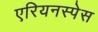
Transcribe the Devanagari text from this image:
एरियनस्पेस